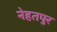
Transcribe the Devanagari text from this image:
नेहतपुर